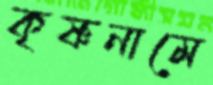
কৃষ্ণনামে